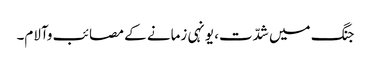
جنگ میں شدّت، یونہی زمانے کے مصائب وآلام۔